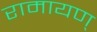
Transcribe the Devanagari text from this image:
रामायण्